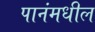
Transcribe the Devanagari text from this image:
पानंमधील